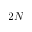
2 N